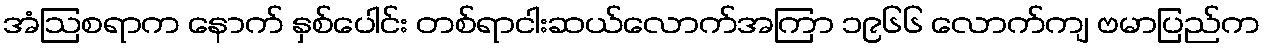
အံဩစရာက နောက် နှစ်ပေါင်း တစ်ရာငါးဆယ်လောက်အကြာ ၁၉၆၆ လောက်ကျ ဗမာပြည်က